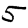
Digit: 5